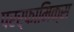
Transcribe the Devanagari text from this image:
परर्फामिक्स